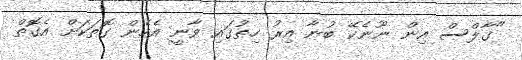
"ގާލްސް އިން ނޫނެކޭ ބުނާ އިރު ހިތުގައި ވާނީ އެހެން ގޮތަކަށް އެގޮތް